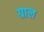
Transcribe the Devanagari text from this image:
ग्राल